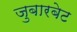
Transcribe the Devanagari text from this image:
जुबारबेट